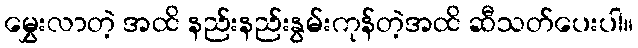
မွှေးလာတဲ့ အထိ နည်းနည်းနွမ်းကုန်တဲ့အထိ ဆီသတ်ပေးပါ။